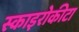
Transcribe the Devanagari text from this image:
स्काइरोकीटा